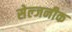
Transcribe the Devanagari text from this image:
सेल्जनीक